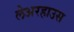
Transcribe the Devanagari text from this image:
लेअरहाउस